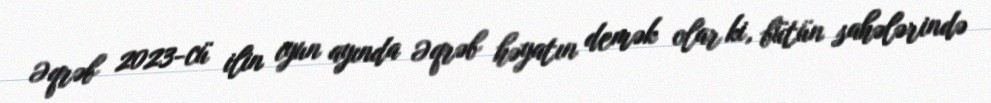
Əqrəb 2023-cü ilin iyun ayında Əqrəb həyatın demək olar ki, bütün sahələrində